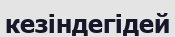
кезіндегідей